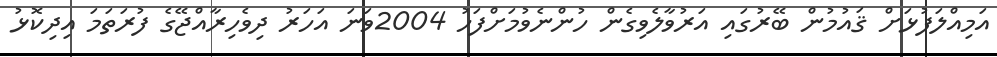
އަމިއްލަފުޅަށް ޤައުމުން ބޭރުގައި އަރުވާލެވިގެން ހުންނެވުމަށްފަހު 2004ވަނަ އަހަރު ދިވެހިރާއްޖޭގެ ފުރަތަމަ އިދިކޮޅު